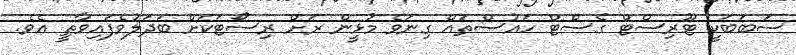
ސަބަބަކީ ޓޫރިސްޓް ގެސްޓް ހައުސްތައް ގިނަވެ މުޅީން ރަށް ރިސޯޓަކަށް ބަދަލުވެފައިވާތީ އެވެ.